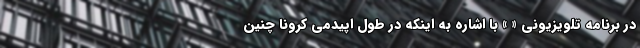
در برنامه تلویزیونی « » با اشاره به اینکه در طول اپیدمی کرونا چنین